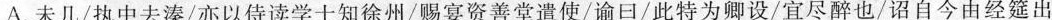
A.未几/执中去溱/亦以侍读学士知徐州/赐宴资善堂遣使/谕日/此特为卿设/宜尽醉也/诏自今由经筵出